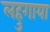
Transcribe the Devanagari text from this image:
लहुगाया